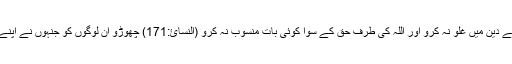
(البقرة:138) پورے کے پورے اسلام میں آجا ؤ اور شیطان کی پیروی نہ کرو (البقرة:208) اپنے دین میں غلو نہ کرو اور اللہ کی طرف حق کے سوا کوئی بات منسُوب نہ کرو (النسائ:171) چھوڑو ان لوگوں کو جنہوں نے اپنے دین کو کھیل اور تماشا بنا رکھا ہے اور جنہیں دنیا کی زندگی فریب میں مبتلا کیے ہوئے ہے۔